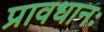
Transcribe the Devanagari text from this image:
प्रावधानः